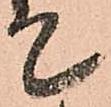
て